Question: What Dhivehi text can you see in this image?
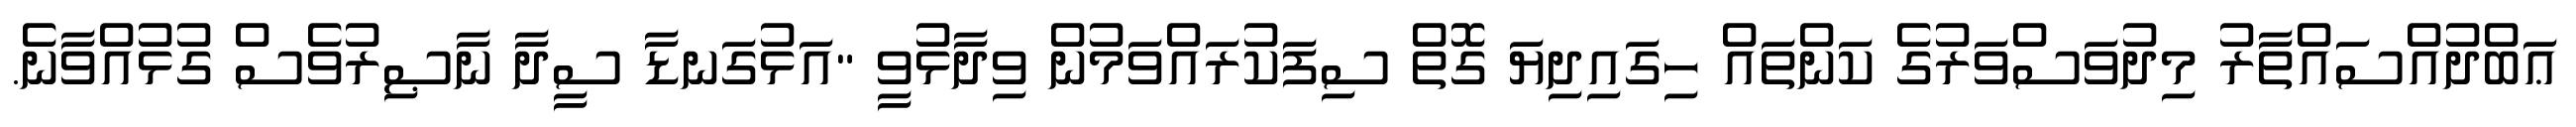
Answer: ޢަބްދުއްސައްތާރު މިދުވަސްވަރުގެ ކަންތައް ހިގައިދިޔަ ގޮތް ސިފަކުރައްވަމުން ވިދާޅުވީ "އަޅުގަނޑާ ސީދާ ނާޞިރުވެސް ގުޅުއްވާނެ.